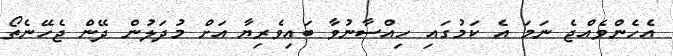
އެހެންވެއްޖެ ނަމަ އެ ކަމުގައި ހިއްސާނުވާ ބައިވެރިޔާ އަށް މުދަލުން ދޭން ޖެހޭނެތޯ